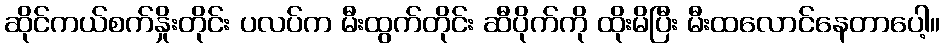
ဆိုင်ကယ်စက်နှိုးတိုင်း ပလပ်က မီးထွက်တိုင်း ဆီပိုက်ကို ထိုးမိပြီး မီးထလောင်နေတာပေါ့။